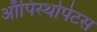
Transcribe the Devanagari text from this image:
ऑपिस्थोपेटस